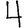
Digit: 4